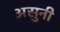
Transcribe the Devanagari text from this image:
असुनी